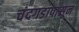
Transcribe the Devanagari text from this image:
चंदगडापासून